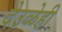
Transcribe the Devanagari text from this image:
देउळेही